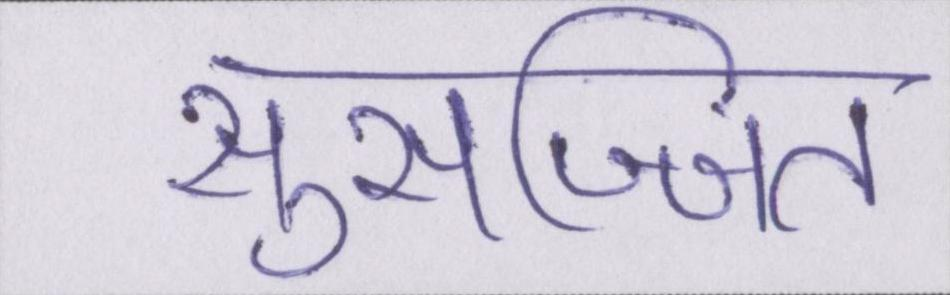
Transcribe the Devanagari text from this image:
सुसज्जित